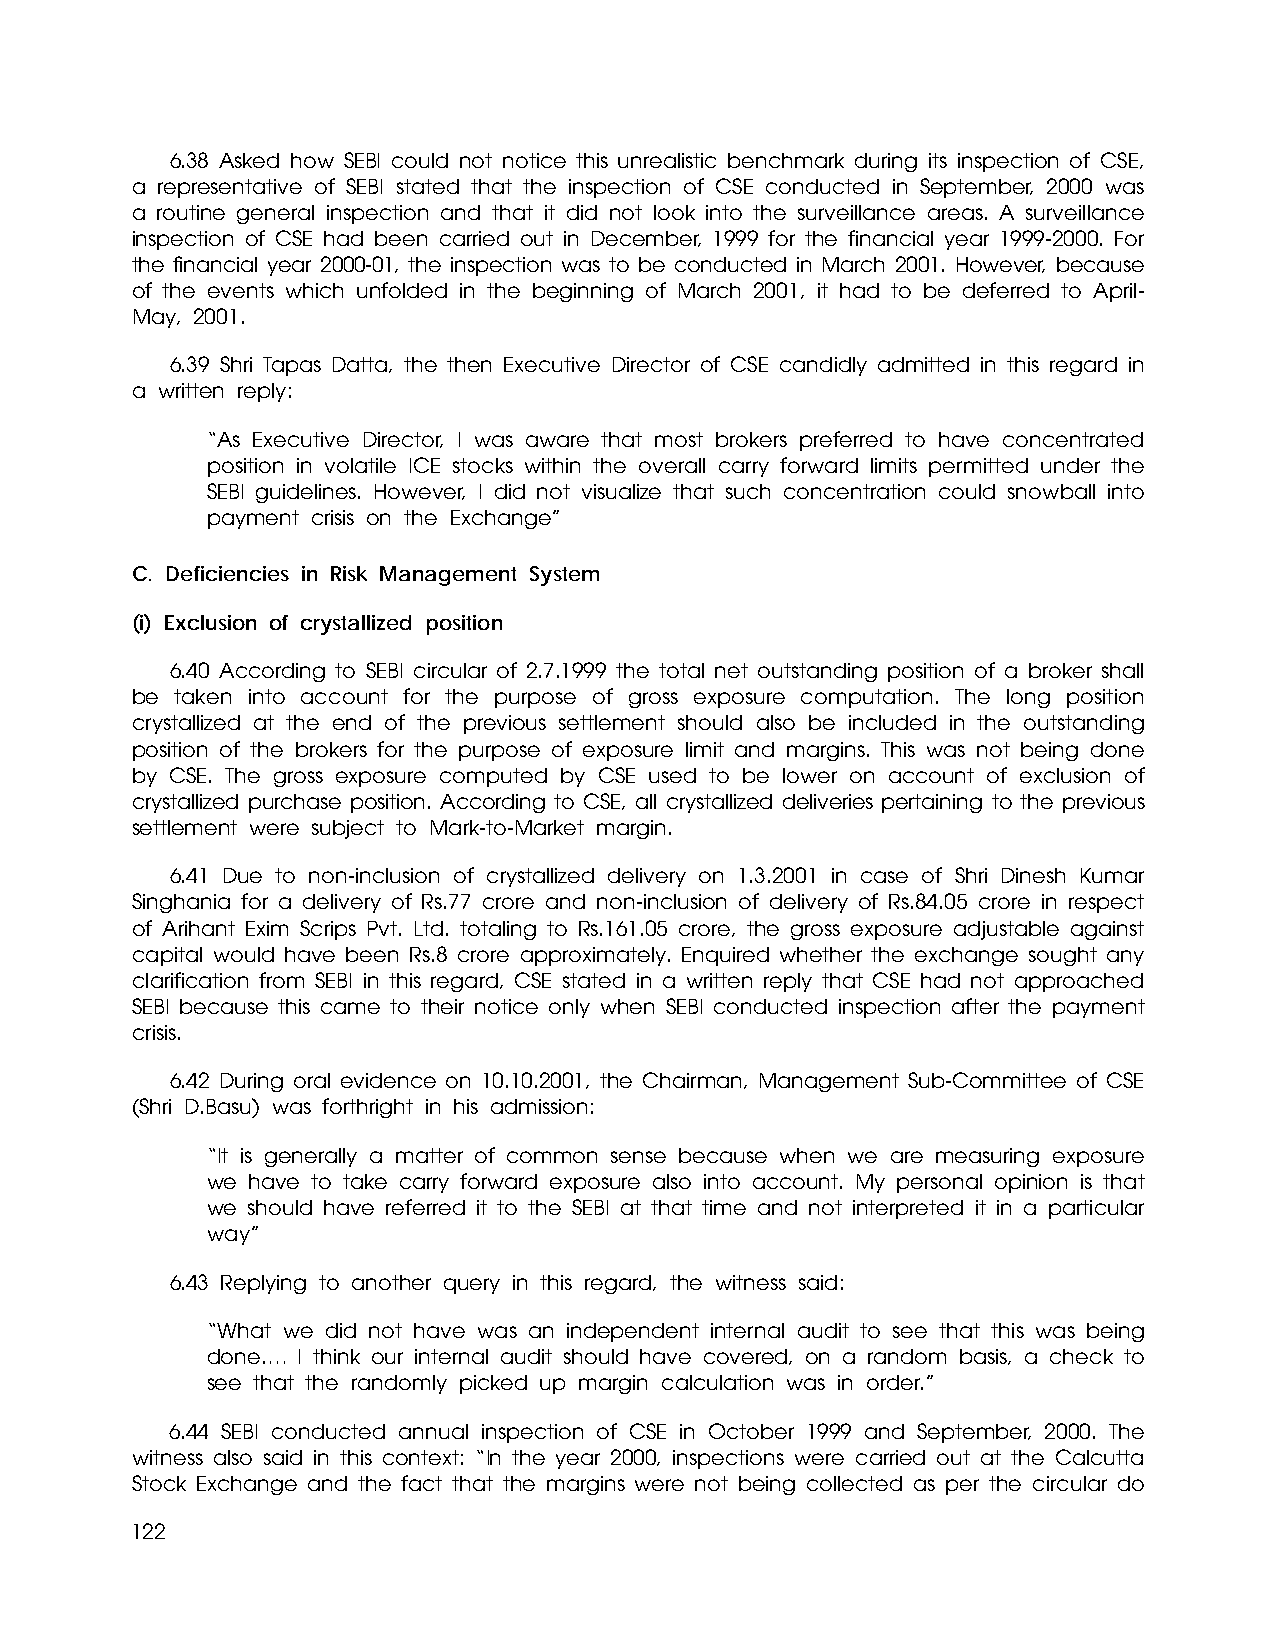
6.38 Asked how SEBI could not notice this unrealistic benchmark during its inspection of CSE,
 a representative of SEBI stated that the inspection of CSE conducted in September, 2000 was
 a routine general inspection and that it did not look into the surveillance areas. A surveillance
 inspection of CSE had been carried out in December, 1999 for the financial year 1999-2000. For
 the financial year 2000-01, the inspection was to be conducted in March 2001. However, because
 of the events which unfolded in the beginning of March 2001, it had to be deferred to April-
 May, 2001.
 6.39 Shri Tapas Datta, the then Executive Director of CSE candidly admitted in this regard in
 a written reply:
 “As Executive Director, I was aware that most brokers preferred to have concentrated
 position in volatile ICE stocks within the overall carry forward limits permitted under the
 SEBI guidelines. However, I did not visualize that such concentration could snowball into
 payment crisis on the Exchange”
 C. Deficiencies in Risk Management System
 (i) Exclusion of crystallized position
 6.40 According to SEBI circular of 2.7.1999 the total net outstanding position of a broker shall
 be taken into account for the purpose of gross exposure computation. The long position
 crystallized at the end of the previous settlement should also be included in the outstanding
 position of the brokers for the purpose of exposure limit and margins. This was not being done
 by CSE. The gross exposure computed by CSE used to be lower on account of exclusion of
 crystallized purchase position. According to CSE, all crystallized deliveries pertaining to the previous
 settlement were subject to Mark-to-Market margin.
 6.41 Due to non-inclusion of crystallized delivery on 1.3.2001 in case of Shri Dinesh Kumar
 Singhania for a delivery of Rs.77 crore and non-inclusion of delivery of Rs.84.05 crore in respect
 of Arihant Exim Scrips Pvt. Ltd. totaling to Rs.161.05 crore, the gross exposure adjustable against
 capital would have been Rs.8 crore approximately. Enquired whether the exchange sought any
 clarification from SEBI in this regard, CSE stated in a written reply that CSE had not approached
 SEBI because this came to their notice only when SEBI conducted inspection after the payment
 crisis.
 6.42 During oral evidence on 10.10.2001, the Chairman, Management Sub-Committee of CSE
 (Shri D.Basu) was forthright in his admission:
 “It is generally a matter of common sense because when we are measuring exposure
 we have to take carry forward exposure also into account. My personal opinion is that
 we should have referred it to the SEBI at that time and not interpreted it in a particular
 way”
 6.43 Replying to another query in this regard, the witness said:
 “What we did not have was an independent internal audit to see that this was being
 done.… I think our internal audit should have covered, on a random basis, a check to
 see that the randomly picked up margin calculation was in order.”
 6.44 SEBI conducted annual inspection of CSE in October 1999 and September, 2000. The
 witness also said in this context: “In the year 2000, inspections were carried out at the Calcutta
 Stock Exchange and the fact that the margins were not being collected as per the circular do
 122